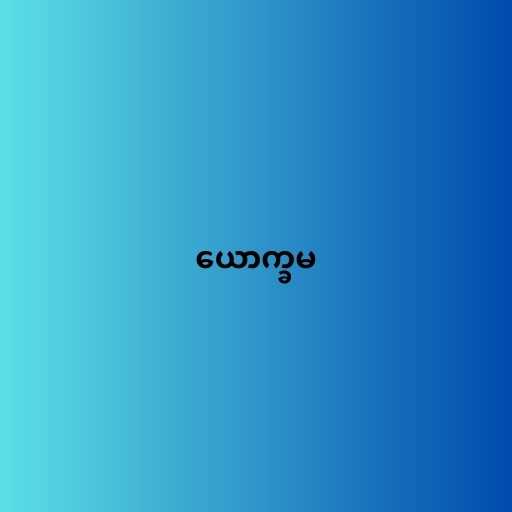
ယောက္ခမ